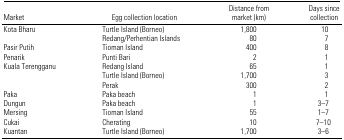
<table><thead><tr><td><b>Market</b></td><td><b>Egg collection location</b></td><td><b>Distance from market (km)</b></td><td><b>Days since collection</b></td></tr></thead><tbody><tr><td>Kota Bharu</td><td>Turtle Island (Borneo)</td><td>1,800</td><td>10</td></tr><tr><td></td><td>Redang/Perhentian Islands</td><td>80</td><td>7</td></tr><tr><td>Pasir Putih</td><td>Tioman Island</td><td>400</td><td>8</td></tr><tr><td>Penarik</td><td>Punti Bari</td><td>2</td><td>1</td></tr><tr><td>Kuala Terengganu</td><td>Redang Island</td><td>65</td><td>1</td></tr><tr><td></td><td>Turtle Island (Borneo)</td><td>1,700</td><td>3</td></tr><tr><td></td><td>Perak</td><td>300</td><td>2</td></tr><tr><td>Paka</td><td>Paka beach</td><td>1</td><td>1</td></tr><tr><td>Dungun</td><td>Paka beach</td><td>1</td><td>3–7</td></tr><tr><td>Mersing</td><td>Tioman Island</td><td>55</td><td>1–7</td></tr><tr><td>Cukai</td><td>Cherating</td><td>10</td><td>7–10</td></tr><tr><td>Kuantan</td><td>Turtle Island (Borneo)</td><td>1,700</td><td>3–6</td></tr></tbody></table>